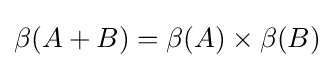
\beta (A+B)=\beta (A)\times \beta (B)